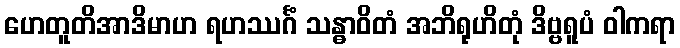
ဟေတူတိအာဒိမာဟ ရဟဿင်္ဂံ သန္ဓာဝိတံ အဘိရုဟိတုံ ဒိဗ္ဗရူပံ ဝါကရာ